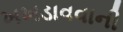
ખખડાવવાની